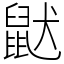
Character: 鼣